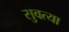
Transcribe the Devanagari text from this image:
सुवत्या